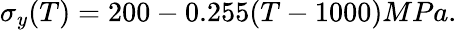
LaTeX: \sigma_{y}(T)=200-0.255(T-1000)MPa.